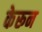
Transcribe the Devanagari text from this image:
केरून